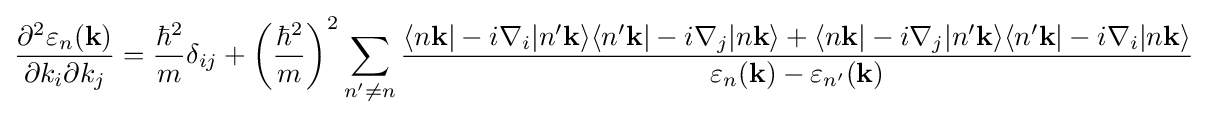
{\frac {\partial ^{2}\varepsilon _{n}(\mathbf {k} )}{\partial k_{i}\partial k_{j}}}={\frac {\hbar ^{2}}{m}}\delta _{ij}+\left({\frac {\hbar ^{2}}{m}}\right)^{2}\sum _{n'\neq n}{\frac {\langle n\mathbf {k} |-i\nabla _{i}|n'\mathbf {k} \rangle \langle n'\mathbf {k} |-i\nabla _{j}|n\mathbf {k} \rangle +\langle n\mathbf {k} |-i\nabla _{j}|n'\mathbf {k} \rangle \langle n'\mathbf {k} |-i\nabla _{i}|n\mathbf {k} \rangle }{\varepsilon _{n}(\mathbf {k} )-\varepsilon _{n'}(\mathbf {k} )}}